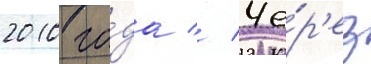
2010 го́да // Че́р'ез